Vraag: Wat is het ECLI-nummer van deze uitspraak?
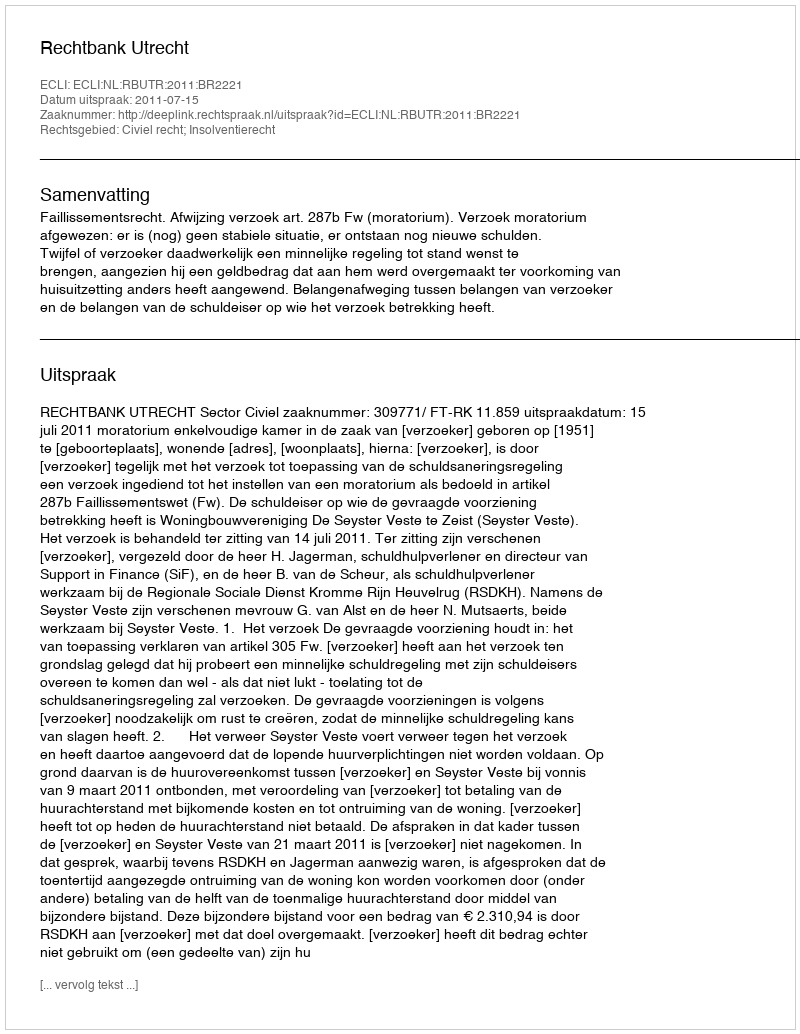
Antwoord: ECLI:NL:RBUTR:2011:BR2221